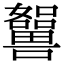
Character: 𡄲